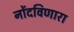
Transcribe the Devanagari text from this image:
नोंदविणारा